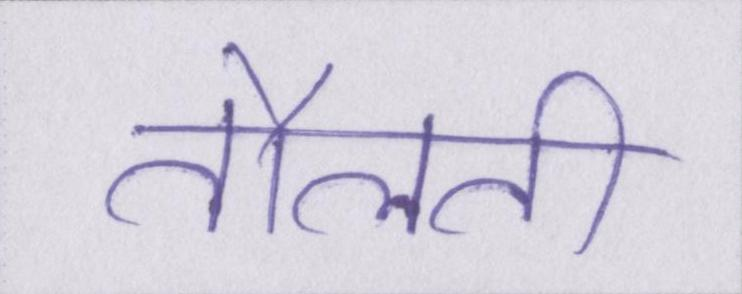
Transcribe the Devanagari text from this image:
तौलती